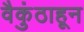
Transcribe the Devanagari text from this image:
वैकुंठाहून